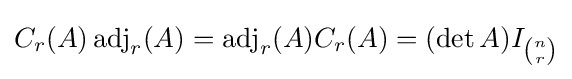
C_{r}(A)\operatorname {adj} _{r}(A)=\operatorname {adj} _{r}(A)C_{r}(A)=(\det A)I_{\binom {n}{r}}